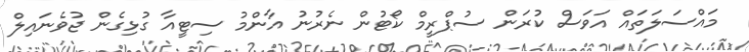
މައްސަލަތައް އަވަސް ކުރަން ސުޕްރީމް ކޯޓުން ނެރުނު އާންމު ސިޓީއާ ގުޅިގެން ޖުވެނައިލް